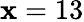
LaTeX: \mathbf{x}=13